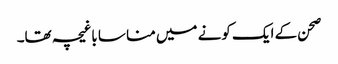
صحن کے ایک کونے میں منا سا باغیچہ تھا۔